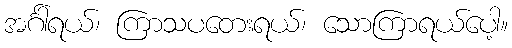
အင်္ဂါရယ်၊ ကြာသပတေးရယ်၊ သောကြာရယ်ပေါ့။